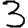
Digit: 3